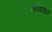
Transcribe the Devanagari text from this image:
सवा॑धिक